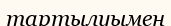
тартылуымен